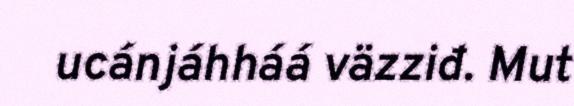
ucánjáhháá väzziđ. Mut